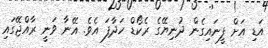
އަޑި އަށް ފީނައިގެން ދުނިޔޭގެ ރެކޯޑް ހަދާފަ އެވެ. އޭނާ ވަނީ ރާއްޖޭގައި